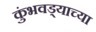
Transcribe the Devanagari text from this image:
कुंभवड्याच्या